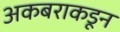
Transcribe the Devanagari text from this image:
अकबराकडून